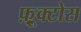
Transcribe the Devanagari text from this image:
फ़्रूक्टोस